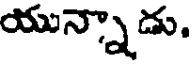
యున్నాడు.